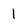
Character: 1